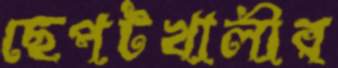
ছেপটখালীর